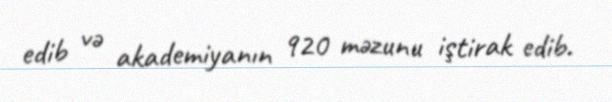
edib və akademiyanın 920 məzunu iştirak edib.